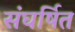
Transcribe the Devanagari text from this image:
संघर्षित